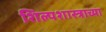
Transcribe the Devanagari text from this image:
शिल्पशास्त्राच्या